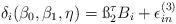
LaTeX: \begin{align*}\delta_i(\beta_0,\beta_1,\eta)=\ss_2^\tau B_i+\epsilon_{in}^{(3)}\end{align*}